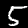
Digit: 5